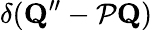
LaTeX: \delta(\mathbf{Q}^{\prime\prime}-{\cal P}\mathbf{Q})